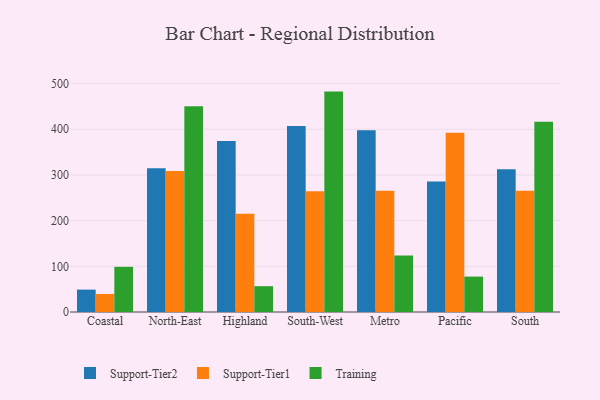
{"axis": {"x": "Region", "y": "Churn Rate (%)"}, "legend": ["Support-Tier1", "Support-Tier2", "Training"], "data": [{"x": "Coastal", "y": 49.0, "type": "Support-Tier2"}, {"x": "Coastal", "y": 39.5, "type": "Support-Tier1"}, {"x": "Coastal", "y": 98.8, "type": "Training"}, {"x": "North-East", "y": 314.8, "type": "Support-Tier2"}, {"x": "North-East", "y": 308.3, "type": "Support-Tier1"}, {"x": "North-East", "y": 450.1, "type": "Training"}, {"x": "Highland", "y": 374.0, "type": "Support-Tier2"}, {"x": "Highland", "y": 215.1, "type": "Support-Tier1"}, {"x": "Highland", "y": 56.5, "type": "Training"}, {"x": "South-West", "y": 407.1, "type": "Support-Tier2"}, {"x": "South-West", "y": 264.0, "type": "Support-Tier1"}, {"x": "South-West", "y": 482.3, "type": "Training"}, {"x": "Metro", "y": 397.5, "type": "Support-Tier2"}, {"x": "Metro", "y": 265.4, "type": "Support-Tier1"}, {"x": "Metro", "y": 123.7, "type": "Training"}, {"x": "Pacific", "y": 285.5, "type": "Support-Tier2"}, {"x": "Pacific", "y": 392.1, "type": "Support-Tier1"}, {"x": "Pacific", "y": 77.5, "type": "Training"}, {"x": "South", "y": 312.3, "type": "Support-Tier2"}, {"x": "South", "y": 265.1, "type": "Support-Tier1"}, {"x": "South", "y": 416.5, "type": "Training"}]}